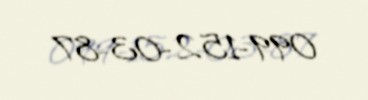
099-152-03-87